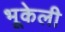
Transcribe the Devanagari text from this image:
भूकेली